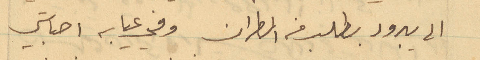
الى يبرود بطلب من المطران وفي غيابه اصابتي